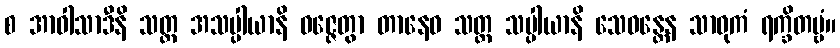
စ အာဝါသာဒီနိ သတ္တ အသပ္ပါယာနိ ဝဇ္ဇေတွာ တာနေဝ သတ္တ သပ္ပါယာနိ သေဝန္တေန သာဓုကံ ရက္ခိတဗ္ဗံ။